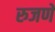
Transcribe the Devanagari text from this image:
रुजणे